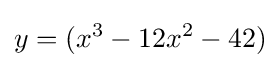
y=(x^{3}-12x^{2}-42)